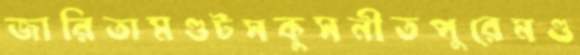
জারিতামগুটসকুসনীতপুরেমণ্ড